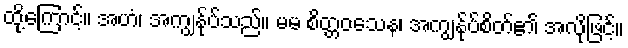
ထို့ကြောင့်။ အဟံ၊ အကျွန်ုပ်သည်။ မမ စိတ္တဝသေန၊ အကျွန်ုပ်စိတ်၏ အလိုဖြင့်။